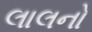
લાલનો